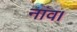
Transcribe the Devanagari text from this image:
नांव।